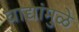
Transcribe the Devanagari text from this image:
वाद्यांमुळे